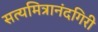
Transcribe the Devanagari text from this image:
सत्यमित्रानंदगिरी